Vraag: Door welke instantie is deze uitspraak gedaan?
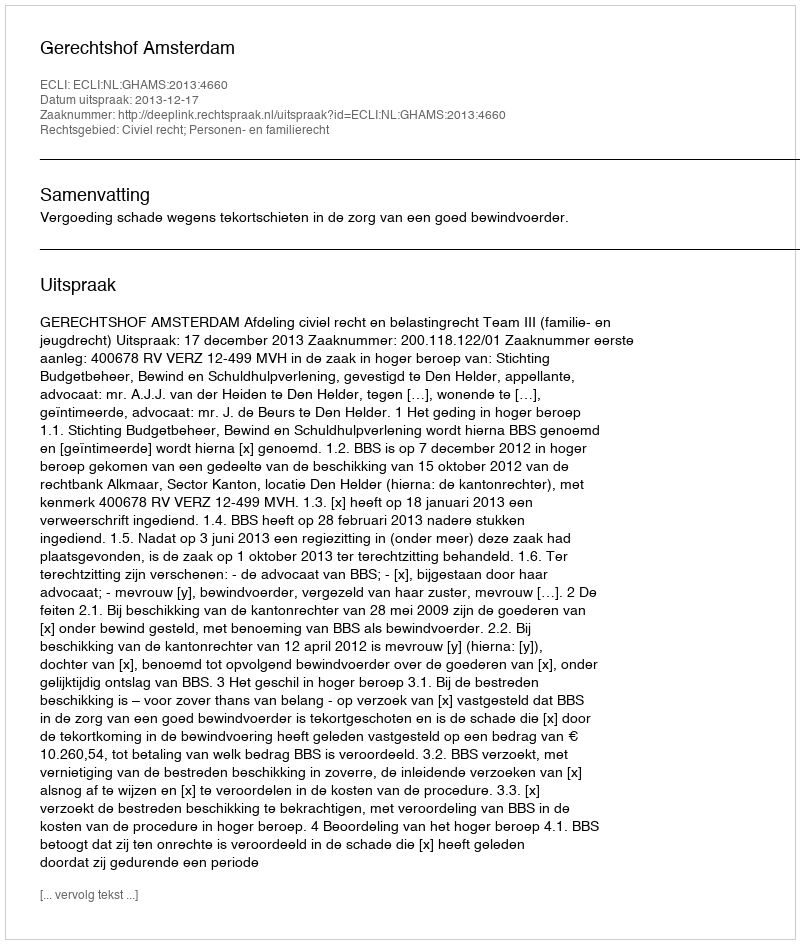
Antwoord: Gerechtshof Amsterdam